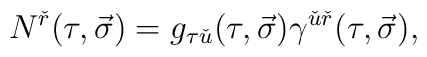
N^{\check{r}}(\tau,\vec{\sigma})=g_{\tau\check{u}}(\tau,\vec{\sigma})\gamma^{\check{u}\check{r}}(\tau,\vec{\sigma}),